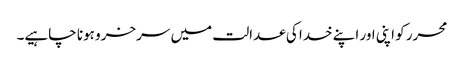
محرر کو اپنی اور اپنے خدا کی عدالت میں سرخرو ہونا چاہیے۔